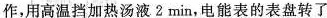
作，用高温挡加热汤液2min，电能表的表盘转了